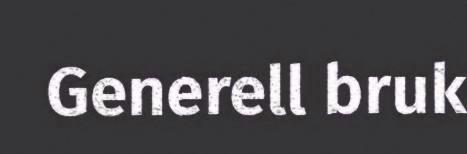
Generell bruk